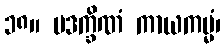
၁၈။ ပဒက္ခိဏံ ကာယကမ္မံ၊